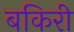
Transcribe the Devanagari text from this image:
बकिरी